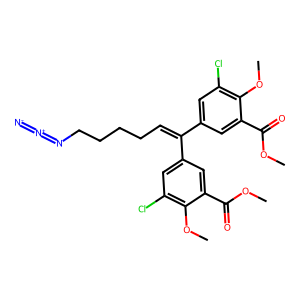
SMILES: COC(=O)c1cc(C(=CCCCCN=[N+]=[N-])c2cc(Cl)c(OC)c(C(=O)OC)c2)cc(Cl)c1OC
Inhibits HIV replication: Yes